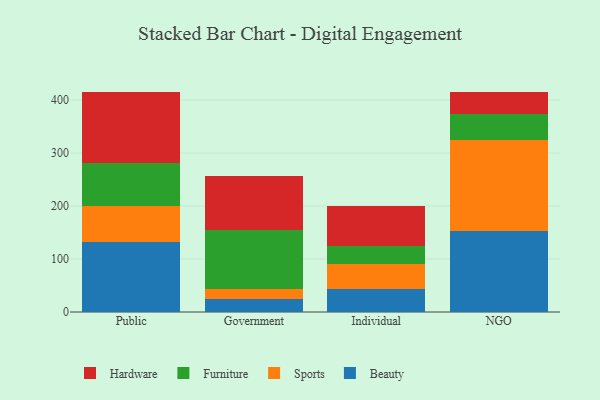
{"axis": {"x": "Segment", "y": "Budget (USD K)"}, "legend": ["Beauty", "Furniture", "Hardware", "Sports"], "data": [{"x": "Public", "y": 131.9, "type": "Beauty"}, {"x": "Public", "y": 69.1, "type": "Sports"}, {"x": "Public", "y": 80.8, "type": "Furniture"}, {"x": "Public", "y": 134.2, "type": "Hardware"}, {"x": "Government", "y": 25.1, "type": "Beauty"}, {"x": "Government", "y": 18.5, "type": "Sports"}, {"x": "Government", "y": 110.5, "type": "Furniture"}, {"x": "Government", "y": 103.2, "type": "Hardware"}, {"x": "Individual", "y": 44.0, "type": "Beauty"}, {"x": "Individual", "y": 46.1, "type": "Sports"}, {"x": "Individual", "y": 34.7, "type": "Furniture"}, {"x": "Individual", "y": 75.8, "type": "Hardware"}, {"x": "NGO", "y": 152.0, "type": "Beauty"}, {"x": "NGO", "y": 172.4, "type": "Sports"}, {"x": "NGO", "y": 49.4, "type": "Furniture"}, {"x": "NGO", "y": 40.8, "type": "Hardware"}]}